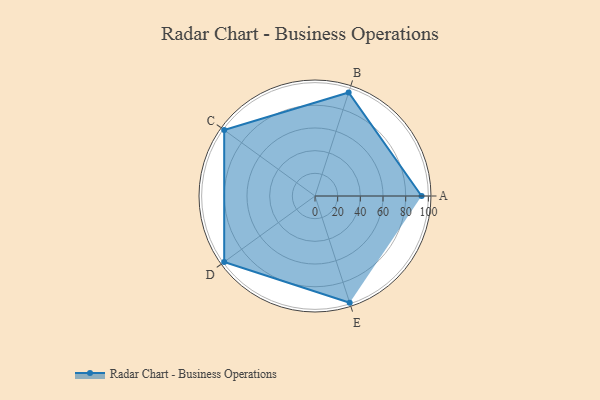
{"axis": {"x": "Skill", "y": "Score"}, "legend": ["Profile"], "data": [{"x": "A", "y": 94.0, "type": "Profile"}, {"x": "B", "y": 96.0, "type": "Profile"}, {"x": "C", "y": 99, "type": "Profile"}, {"x": "D", "y": 99, "type": "Profile"}, {"x": "E", "y": 99, "type": "Profile"}]}